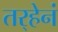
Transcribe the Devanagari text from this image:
तर्‍हेनं